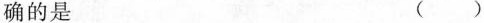
确的是 ( )